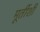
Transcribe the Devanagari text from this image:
मूर्तीशी